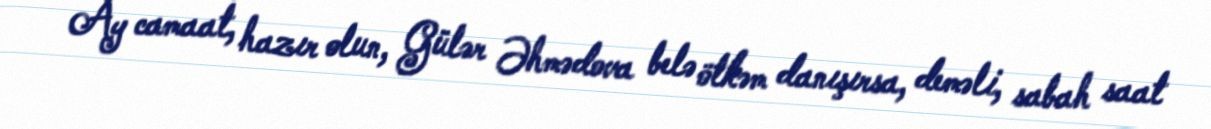
Ay camaat, hazır olun, Gülər Əhmədova belə ötkəm danışırsa, deməli, sabah saat